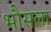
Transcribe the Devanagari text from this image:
भौसला